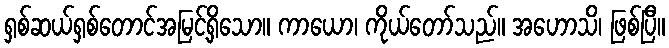
ရှစ်ဆယ်ရှစ်တောင်အမြင့်ရှိသော။ ကာယော၊ ကိုယ်တော်သည်။ အဟောသိ၊ ဖြစ်ပြီ။